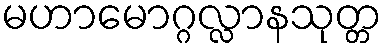
မဟာမောဂ္ဂလ္လာနသုတ္တ